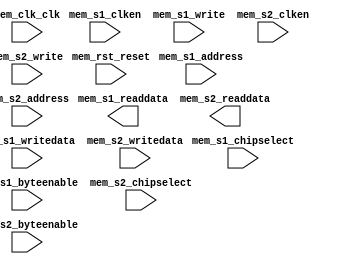

module FrameBuf (
	mem_s1_address,
	mem_s1_clken,
	mem_s1_chipselect,
	mem_s1_write,
	mem_s1_readdata,
	mem_s1_writedata,
	mem_s1_byteenable,
	mem_s2_address,
	mem_s2_chipselect,
	mem_s2_clken,
	mem_s2_write,
	mem_s2_readdata,
	mem_s2_writedata,
	mem_s2_byteenable,
	mem_clk_clk,
	mem_rst_reset);	

	input	[12:0]	mem_s1_address;
	input		mem_s1_clken;
	input		mem_s1_chipselect;
	input		mem_s1_write;
	output	[15:0]	mem_s1_readdata;
	input	[15:0]	mem_s1_writedata;
	input	[1:0]	mem_s1_byteenable;
	input	[12:0]	mem_s2_address;
	input		mem_s2_chipselect;
	input		mem_s2_clken;
	input		mem_s2_write;
	output	[15:0]	mem_s2_readdata;
	input	[15:0]	mem_s2_writedata;
	input	[1:0]	mem_s2_byteenable;
	input		mem_clk_clk;
	input		mem_rst_reset;
endmodule